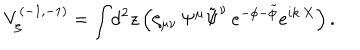
V _ { \zeta } ^ { ( - 1 , - 1 ) } = \int \! \mathrm { d } ^ { 2 } z \, \Big ( \zeta _ { \mu \nu } \, \Psi ^ { \mu } \tilde { \Psi } ^ { \nu } \, e ^ { - \phi - \tilde { \phi } } e ^ { i k \cdot X } \Big ) \, .